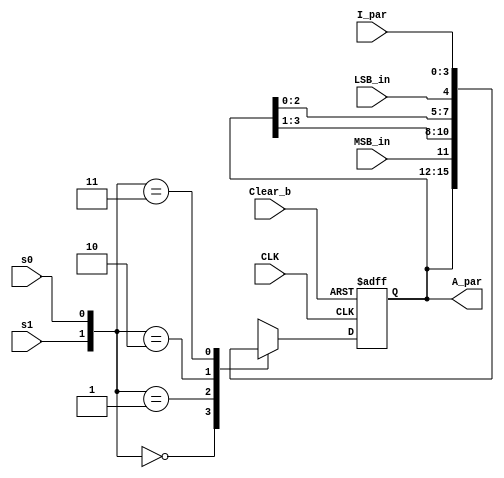
module Shift_Register_4_beh (		
  output reg	[3: 0]	A_par,	// Register output
  input		[3: 0]	I_par,	// Parallel input
  input			s1, s0,	// Select inputs
  			MSB_in, LSB_in,		// Serial inputs
  			CLK, Clear_b		// Clock and Clear_b
);
  always @ (posedge CLK, negedge Clear_b)
    if (~Clear_b) A_par <= 4'b0000;
    else
      case ({s1, s0})
        2'b00: A_par <= A_par;				// No change
        2'b01: A_par <= {MSB_in, A_par[3: 1]};	// Shift right
        2'b10: A_par <= {A_par[2: 0], LSB_in};	// Shift left
        2'b11: A_par <= I_par;			// Parallel load of input
      endcase
endmodule